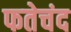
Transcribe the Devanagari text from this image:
फतेचंद